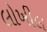
લોખીલ